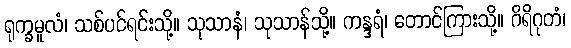
ရုက္ခမူလံ၊ သစ်ပင်ရင်းသို့။ သုသာနံ၊ သုသာန်သို့။ ကန္ဒရံ၊ တောင်ကြားသို့။ ဂိရိဂုတံ၊